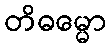
တိဓမ္မော